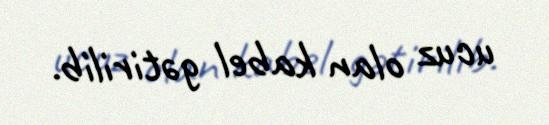
ucuz olan kabel gətirilib.